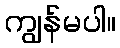
ကျွန်မပါ။